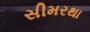
સીમરથા